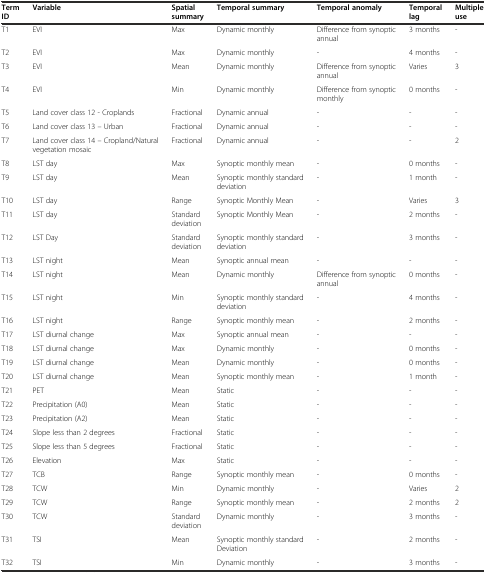
<table><thead><tr><td><b>Term ID</b></td><td><b>Variable</b></td><td><b>Spatial summary</b></td><td><b>Temporal summary</b></td><td><b>Temporal anomaly</b></td><td><b>Temporal lag</b></td><td><b>Multiple use</b></td></tr></thead><tbody><tr><td>T1</td><td>EVI</td><td>Max</td><td>Dynamic monthly</td><td>Difference from synoptic annual</td><td>3 months</td><td>-</td></tr><tr><td>T2</td><td>EVI</td><td>Max</td><td>Dynamic monthly</td><td>-</td><td>4 months</td><td>-</td></tr><tr><td>T3</td><td>EVI</td><td>Mean</td><td>Dynamic monthly</td><td>Difference from synoptic annual</td><td>Varies</td><td>3</td></tr><tr><td>T4</td><td>EVI</td><td>Min</td><td>Dynamic monthly</td><td>Difference from synoptic monthly</td><td>0 months</td><td>-</td></tr><tr><td>T5</td><td>Land cover class 12 - Croplands</td><td>Fractional</td><td>Dynamic annual</td><td>-</td><td>-</td><td>-</td></tr><tr><td>T6</td><td>Land cover class 13 – Urban</td><td>Fractional</td><td>Dynamic annual</td><td>-</td><td>-</td><td>-</td></tr><tr><td>T7</td><td>Land cover class 14 – Cropland/Natural vegetation mosaic</td><td>Fractional</td><td>Dynamic annual</td><td>-</td><td>-</td><td>2</td></tr><tr><td>T8</td><td>LST day</td><td>Max</td><td>Synoptic monthly mean</td><td>-</td><td>0 months</td><td>-</td></tr><tr><td>T9</td><td>LST day</td><td>Mean</td><td>Synoptic monthly standard deviation</td><td>-</td><td>1 month</td><td>-</td></tr><tr><td>T10</td><td>LST day</td><td>Range</td><td>Synoptic Monthly Mean</td><td>-</td><td>Varies</td><td>3</td></tr><tr><td>T11</td><td>LST day</td><td>Standard deviation</td><td>Synoptic Monthly Mean</td><td>-</td><td>2 months</td><td>-</td></tr><tr><td>T12</td><td>LST Day</td><td>Standard deviation</td><td>Synoptic monthly standard deviation</td><td>-</td><td>3 months</td><td>-</td></tr><tr><td>T13</td><td>LST night</td><td>Mean</td><td>Synoptic annual mean</td><td>-</td><td>-</td><td>-</td></tr><tr><td>T14</td><td>LST night</td><td>Mean</td><td>Dynamic monthly</td><td>Difference from synoptic annual</td><td>0 months</td><td>-</td></tr><tr><td>T15</td><td>LST night</td><td>Min</td><td>Synoptic monthly standard deviation</td><td>-</td><td>4 months</td><td>-</td></tr><tr><td>T16</td><td>LST night</td><td>Range</td><td>Synoptic monthly mean</td><td>-</td><td>2 months</td><td>-</td></tr><tr><td>T17</td><td>LST diurnal change</td><td>Max</td><td>Synoptic annual mean</td><td>-</td><td>-</td><td>-</td></tr><tr><td>T18</td><td>LST diurnal change</td><td>Max</td><td>Dynamic monthly</td><td>-</td><td>0 months</td><td>-</td></tr><tr><td>T19</td><td>LST diurnal change</td><td>Mean</td><td>Dynamic monthly</td><td>-</td><td>0 months</td><td>-</td></tr><tr><td>T20</td><td>LST diurnal change</td><td>Mean</td><td>Synoptic monthly mean</td><td>-</td><td>1 month</td><td>-</td></tr><tr><td>T21</td><td>PET</td><td>Mean</td><td>Static</td><td>-</td><td>-</td><td>-</td></tr><tr><td>T22</td><td>Precipitation (A0)</td><td>Mean</td><td>Static</td><td>-</td><td>-</td><td>-</td></tr><tr><td>T23</td><td>Precipitation (A2)</td><td>Mean</td><td>Static</td><td>-</td><td>-</td><td>-</td></tr><tr><td>T24</td><td>Slope less than 2 degrees</td><td>Fractional</td><td>Static</td><td>-</td><td>-</td><td>-</td></tr><tr><td>T25</td><td>Slope less than 5 degrees</td><td>Fractional</td><td>Static</td><td>-</td><td>-</td><td>-</td></tr><tr><td>T26</td><td>Elevation</td><td>Max</td><td>Static</td><td>-</td><td>-</td><td>-</td></tr><tr><td>T27</td><td>TCB</td><td>Range</td><td>Synoptic monthly mean</td><td>-</td><td>0 months</td><td>-</td></tr><tr><td>T28</td><td>TCW</td><td>Min</td><td>Dynamic monthly</td><td>-</td><td>Varies</td><td>2</td></tr><tr><td>T29</td><td>TCW</td><td>Range</td><td>Synoptic monthly mean</td><td>-</td><td>2 months</td><td>2</td></tr><tr><td>T30</td><td>TCW</td><td>Standard deviation</td><td>Dynamic monthly</td><td>-</td><td>3 months</td><td>-</td></tr><tr><td>T31</td><td>TSI</td><td>Mean</td><td>Synoptic monthly standard Deviation</td><td>-</td><td>2 months</td><td>-</td></tr><tr><td>T32</td><td>TSI</td><td>Min</td><td>Dynamic monthly</td><td>-</td><td>3 months</td><td>-</td></tr></tbody></table>